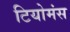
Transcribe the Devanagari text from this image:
टियोमंस